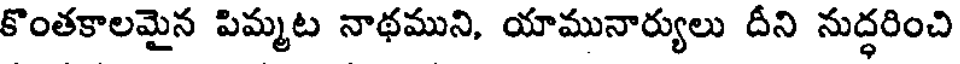
కొంతకాలమైన పిమ్మట నాథముని, యామునార్యులు దీని నుద్ధరించి